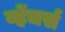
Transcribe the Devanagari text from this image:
व्हेंचर्स